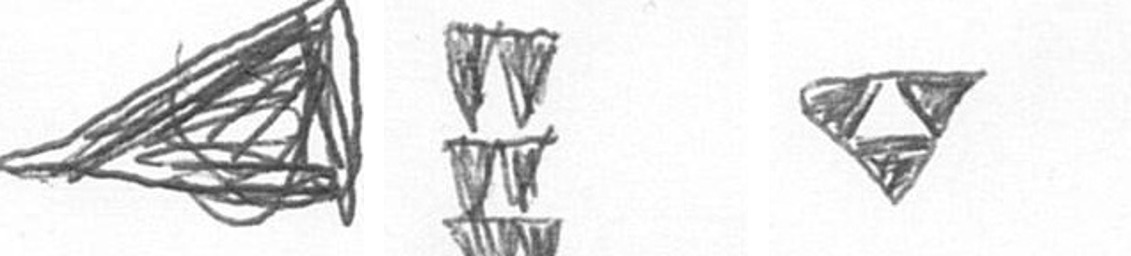
O Y S